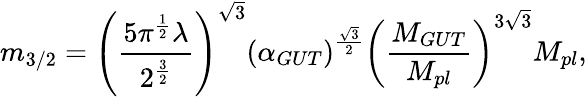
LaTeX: m_{3/2}=\left(\frac{5\pi^{\frac{1}{2}}\lambda}{2^{\frac{3}{2}}}\right)^{\sqrt 3}\left(\alpha_{GUT}\right)^{\frac{\sqrt 3}{2}}\left(\frac{M_{GUT}}{M_{pl}}\right)^{3\sqrt 3}M_{pl},